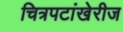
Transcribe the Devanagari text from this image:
चित्रपटांखेरीज